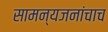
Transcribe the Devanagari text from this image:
सामन्यजनांचाच